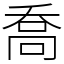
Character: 喬